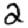
Digit: 2